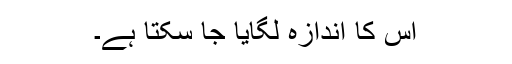
اس کا اندازہ لگایا جا سکتا ہے۔